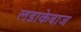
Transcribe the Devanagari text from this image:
लडाकेबाज